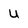
Character: U